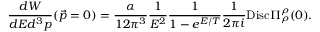
\frac { d W } { d E d ^ { 3 } p } ( \vec { p } = 0 ) = \frac { \alpha } { 1 2 \pi ^ { 3 } } \frac { 1 } { E ^ { 2 } } \frac { 1 } { 1 - e ^ { E / T } } \frac { 1 } { 2 \pi i } \mathrm { D i s c } \Pi _ { \rho } ^ { \rho } ( 0 ) .